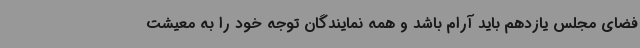
فضای مجلس یازدهم باید آرام باشد و همه نمایندگان توجه خود را به معیشت